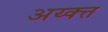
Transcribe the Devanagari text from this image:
अय्क्त्त